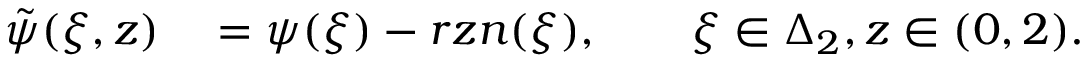
\begin{array} { r l } { \tilde { \psi } ( \xi , z ) } & { { } = \psi ( \xi ) - r z n ( \xi ) , \qquad \xi \in \Delta _ { 2 } , z \in ( 0 , 2 ) . } \end{array}